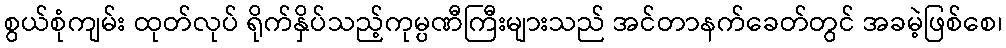
စွယ်စုံကျမ်း ထုတ်လုပ် ရိုက်နှိပ်သည့်ကုမ္ပဏီကြီးများသည် အင်တာနက်ခေတ်တွင် အခမဲ့ဖြစ်စေ၊